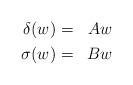
LaTeX: \begin{align*}\begin{aligned}\delta(w) & = & Aw\\\sigma(w) & = & Bw\end{aligned} \end{align*}